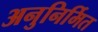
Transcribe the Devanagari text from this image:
अनुनिर्मित